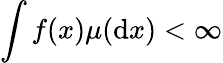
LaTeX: \int f(x)\mu(\mathrm{d}x)<\infty